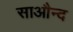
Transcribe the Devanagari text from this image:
साऔन्द